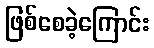
ဖြစ်စေခဲ့ကြောင်း